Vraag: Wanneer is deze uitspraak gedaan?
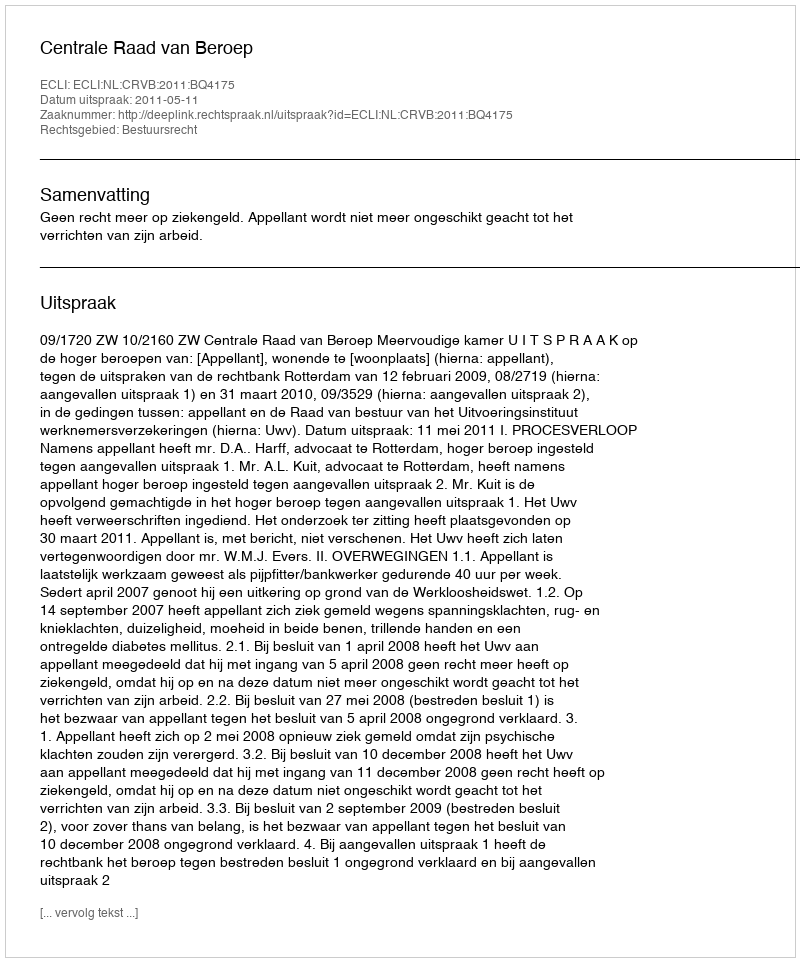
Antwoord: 2011-05-11